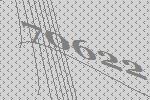
70622